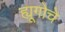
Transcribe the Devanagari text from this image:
ह्यूगोचे